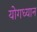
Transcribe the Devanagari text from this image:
योगध्‍यान